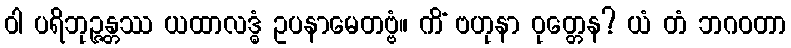
ဝါ ပရိဘုဉ္ဇန္တဿ ယထာလဒ္ဓံ ဥပနာမေတဗ္ဗံ။ ကိံ ဗဟုနာ ဝုတ္တေန? ယံ တံ ဘဂဝတာ